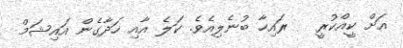
އަށް ކީއްކުރީ   ރައިހާ ބުނެލިއެވެ. ކަލެ އާއި ހަދާގެން އައިޝަމް